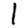
Digit: 1